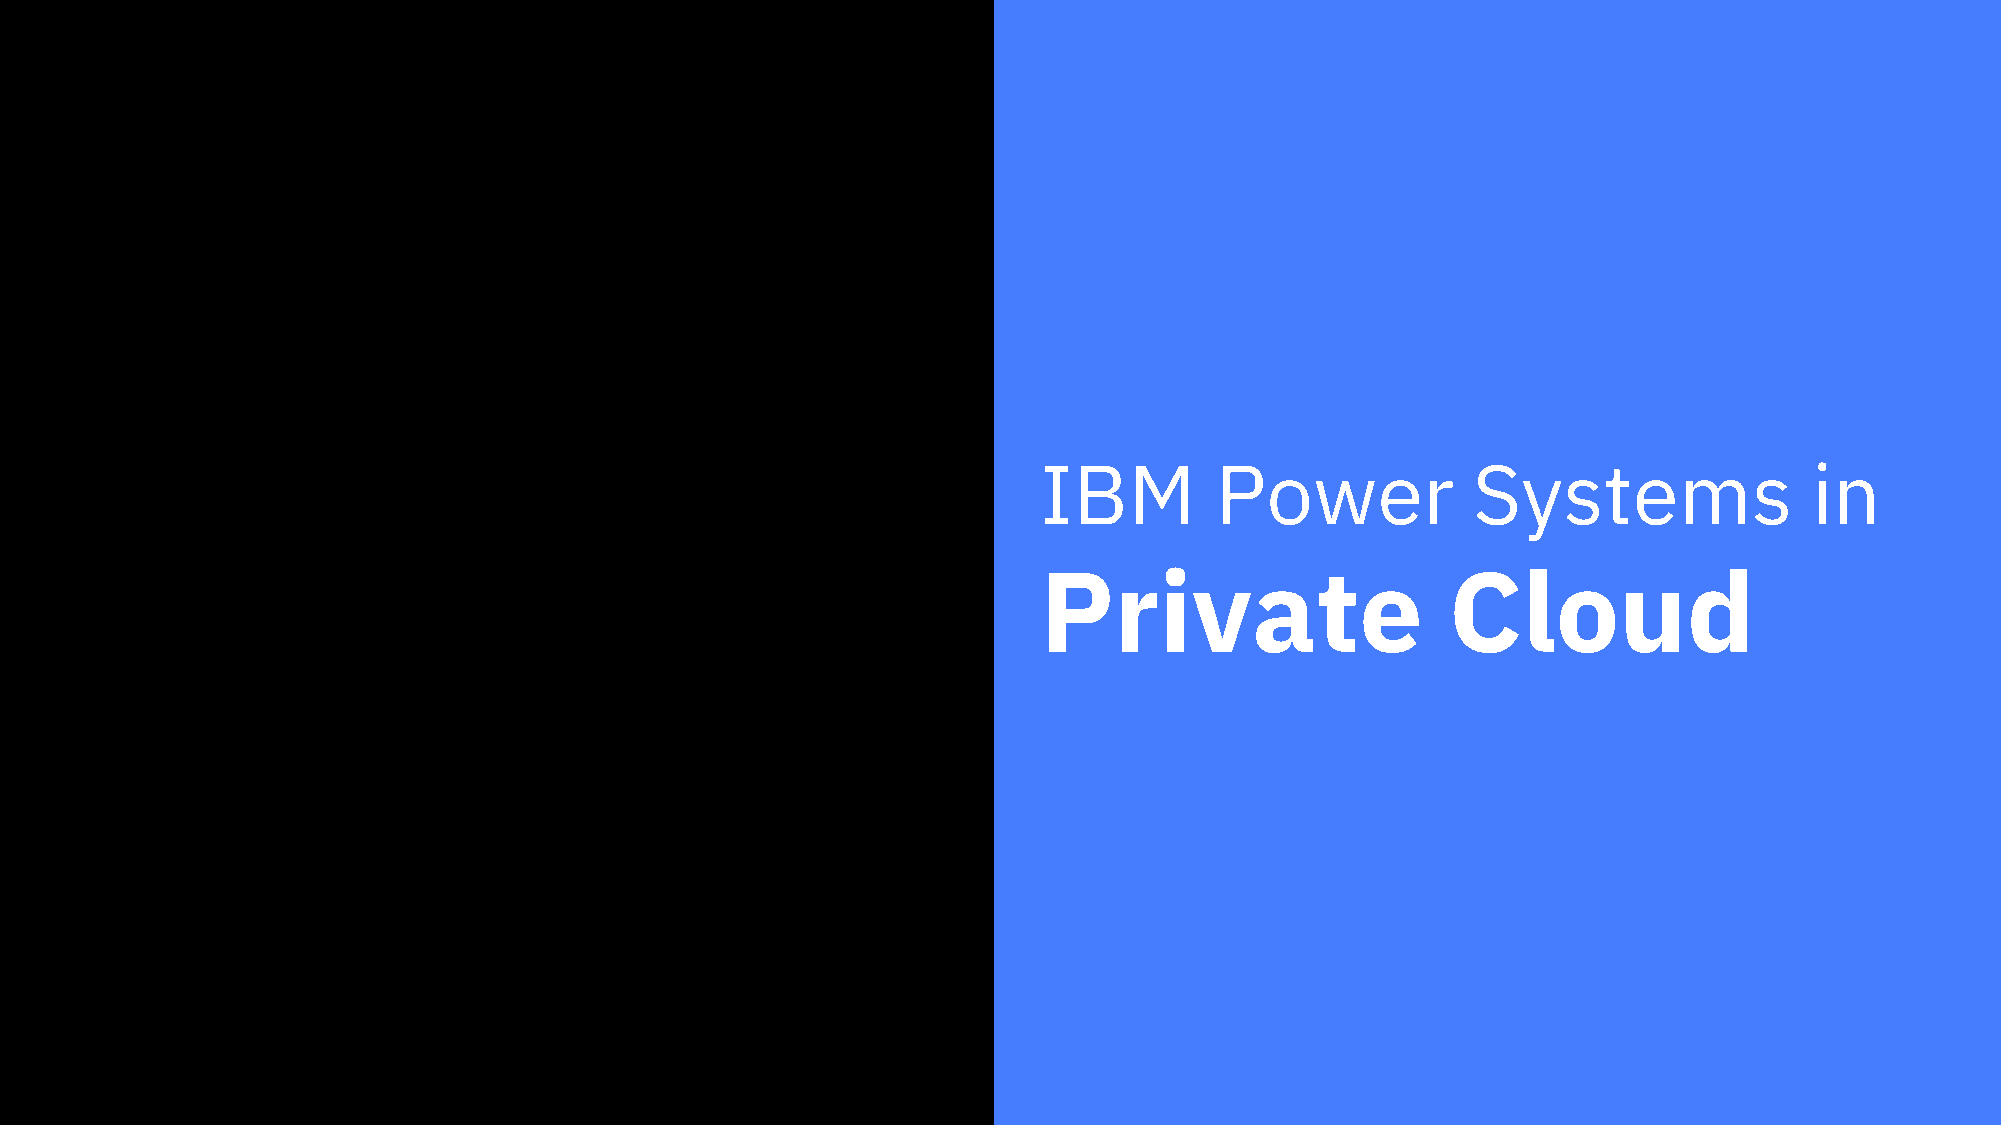
IBM        Power            Systems                in
 Private                    Cloud